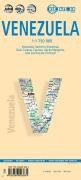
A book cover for Venezuela (Borch Maps); Borch; Travel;